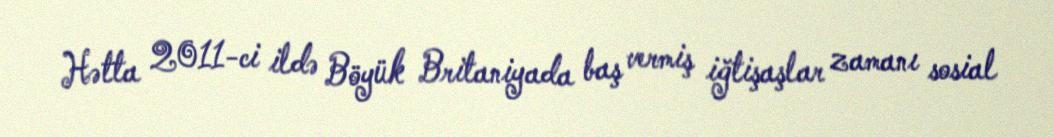
Hətta 2011-ci ildə Böyük Britaniyada baş vermiş iğtişaşlar zamanı sosial